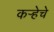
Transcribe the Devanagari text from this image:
कऱ्हेचे